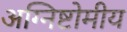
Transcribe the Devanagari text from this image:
अग्निष्टोमीय